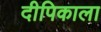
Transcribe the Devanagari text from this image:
दीपिकाला